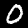
Label: 0